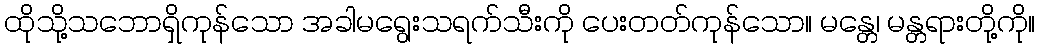
ထိုသို့သဘောရှိကုန်သော အခါမရွေးသရက်သီးကို ပေးတတ်ကုန်သော။ မန္တေ၊ မန္တရားတို့ကို။